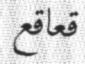
قعاقع